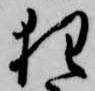
狂